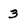
Character: 3